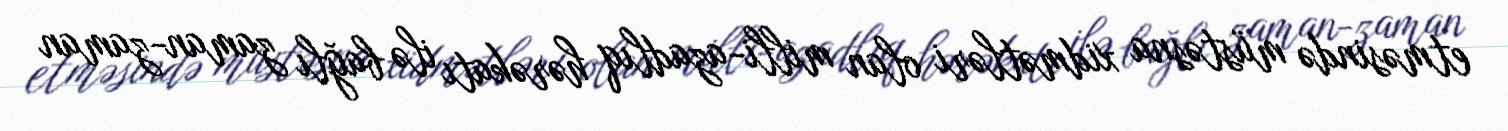
etməsində müstəsna xidmətləri olan milli-azadlıq hərəkatı ilə bağlı zaman-zaman